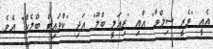
އެއީ "ވެރީ ސިލްވާ" އާއި "ރިއަލީ ބްލޫ" އަދި "ކްވައިޓް ބްލެކް" އެވެ.